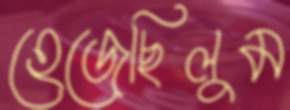
হেজেছিলুম